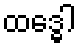
ထဒ္ဓေါ